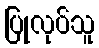
ပြုလုပ်သူ